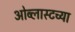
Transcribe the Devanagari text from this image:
ओब्लास्टच्या